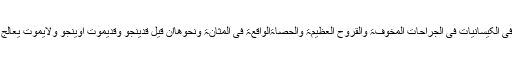
عالمگیری جلد۵صفحہ۳۶۰ کتاب الکراھیۃ میں ہے: وفی الکیسانیات فی الجراحات المخوفۃ والقروح العظیمۃ والحصاۃالواقعۃ فی المثانۃ ونحوھاان قیل قدینجو وقدیموت أوینجو ولایموت یعالج وان قیل لاینجوأصلالایداوی بل یترک کذافی الظہیریۃ۔